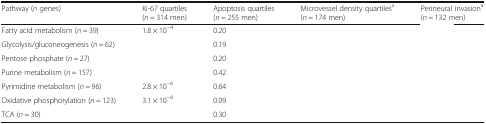
<table><thead><tr><td><b>Pathway (<i>n</i> genes)</b></td><td><b>Ki-67 quartiles (<i>n</i> = 314 men)</b></td><td><b>Apoptosis quartiles (<i>n</i> = 255 men)</b></td><td><b>Microvessel density quartiles<sup>a</sup>(<i>n</i> = 174 men)</b></td><td><b>Perineural invasion<sup>a</sup>(<i>n</i> = 132 men)</b></td></tr></thead><tbody><tr><td>Fatty acid metabolism (<i>n</i> = 39)</td><td>1.8 × 10<sup>−4</sup></td><td>0.20</td><td>[EMPTY_CELL]</td><td>[EMPTY_CELL]</td></tr><tr><td>Glycolysis/gluconeogenesis (<i>n</i> = 62)</td><td>[EMPTY_CELL]</td><td>0.19</td><td>[EMPTY_CELL]</td><td>[EMPTY_CELL]</td></tr><tr><td>Pentose phosphate (<i>n</i> = 27)</td><td>[EMPTY_CELL]</td><td>0.20</td><td>[EMPTY_CELL]</td><td>[EMPTY_CELL]</td></tr><tr><td>Purine metabolism (<i>n</i> = 157)</td><td>[EMPTY_CELL]</td><td>0.42</td><td>[EMPTY_CELL]</td><td>[EMPTY_CELL]</td></tr><tr><td>Pyrimidine metabolism (<i>n</i> = 96)</td><td>2.8 × 10<sup>−6</sup></td><td>0.64</td><td>[EMPTY_CELL]</td><td>[EMPTY_CELL]</td></tr><tr><td>Oxidative phosphorylation (<i>n</i> = 123)</td><td>3.1 × 10<sup>−8</sup></td><td>0.09</td><td>[EMPTY_CELL]</td><td>[EMPTY_CELL]</td></tr><tr><td>TCA (<i>n</i> = 30)</td><td>[EMPTY_CELL]</td><td>0.30</td><td>[EMPTY_CELL]</td><td>[EMPTY_CELL]</td></tr></tbody></table>